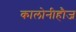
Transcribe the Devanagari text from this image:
कालोनीहौज